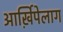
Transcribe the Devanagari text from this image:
आर्ख़िपेलाग